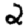
Digit: 2